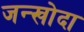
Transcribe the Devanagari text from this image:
जन्खोदा